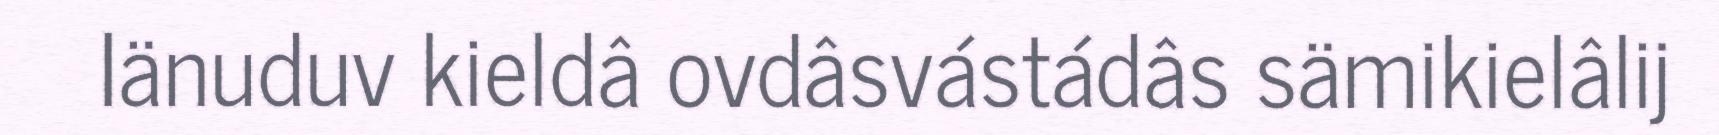
Iänuduv kieldâ ovdâsvástádâs sämikielâlij